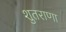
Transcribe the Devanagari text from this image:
शुतराणा